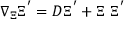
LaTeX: \nabla _ { \Xi } \Xi ^ { ' } = D \Xi ^ { ' } + \Xi ~ \Xi ^ { ' }